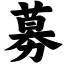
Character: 募